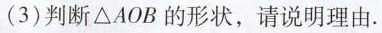
(3)判断 △AOB 的形状，请说明理由.